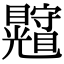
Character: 𥍄